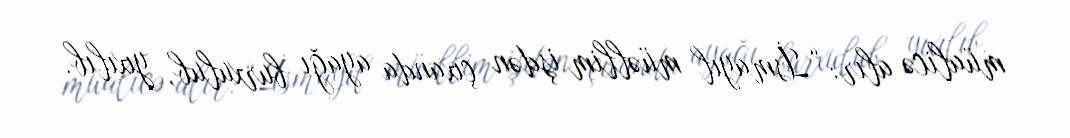
müalicə alır: “İsmayıl müəllim işdən çıxanda ayağı burxulub, yıxılıb.